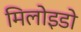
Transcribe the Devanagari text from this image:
मिलोइडो